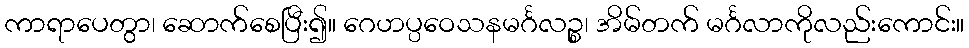
ကာရာပေတွာ၊ ဆောက်စေပြီး၍။ ဂေဟပ္ပဝေသနမင်္ဂလဉ္စ၊ အိမ်တက် မင်္ဂလာကိုလည်းကောင်း။